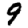
Digit: 9